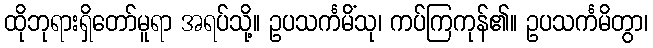
ထိုဘုရားရှိတော်မူရာ အရပ်သို့။ ဥပသင်္ကမိံသု၊ ကပ်ကြကုန်၏။ ဥပသင်္ကမိတွာ၊